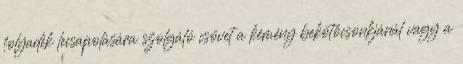
folyadék lecsapolására szolgáló csövet a kémény bekötőcsonkjánál vagy a